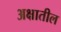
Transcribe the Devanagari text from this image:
अक्षातील